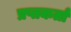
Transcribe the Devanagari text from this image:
प्रप्तकर्ता